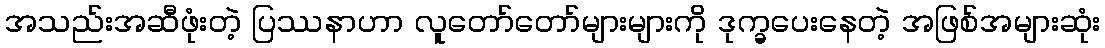
အသည်းအဆီဖုံးတဲ့ ပြဿနာဟာ လူတော်တော်များများကို ဒုက္ခပေးနေတဲ့ အဖြစ်အများဆုံး